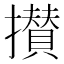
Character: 攅